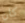
كان